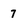
Character: 7